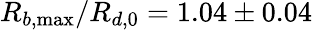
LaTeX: R_{b,\operatorname*{max}}/R_{d,0}=1.04\pm 0.04